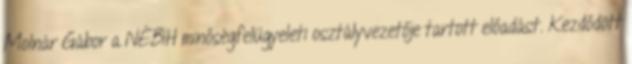
Molnár Gábor a NÉBIH minőségfelügyeleti osztályvezetője tartott előadást. Kezdődött